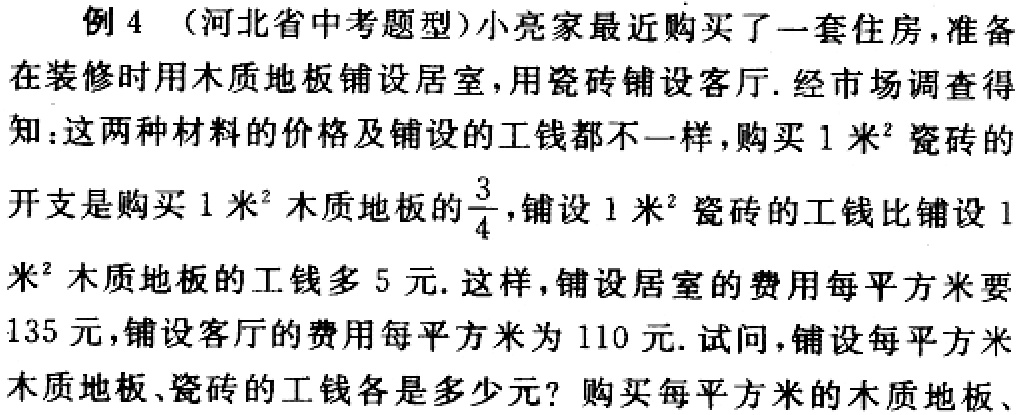
例 4 （河北省中考题型）小亮家最近购买了一套住房，准备在装修时用木质地板铺设居室，用瓷砖铺设客厅. 经市场调查得知：这两种材料的价格及铺设的工钱都不一样，购买 1 米²瓷砖的开支是购买 1 米²木质地板的$\frac{3}{4}$，铺设 1 米²瓷砖的工钱比铺设 1 米²木质地板的工钱多 5 元. 这样，铺设居室的费用每平方米要 135 元，铺设客厅的费用每平方米为 110 元. 试问，铺设每平方米木质地板、瓷砖的工钱各是多少元？购买每平方米的木质地板、